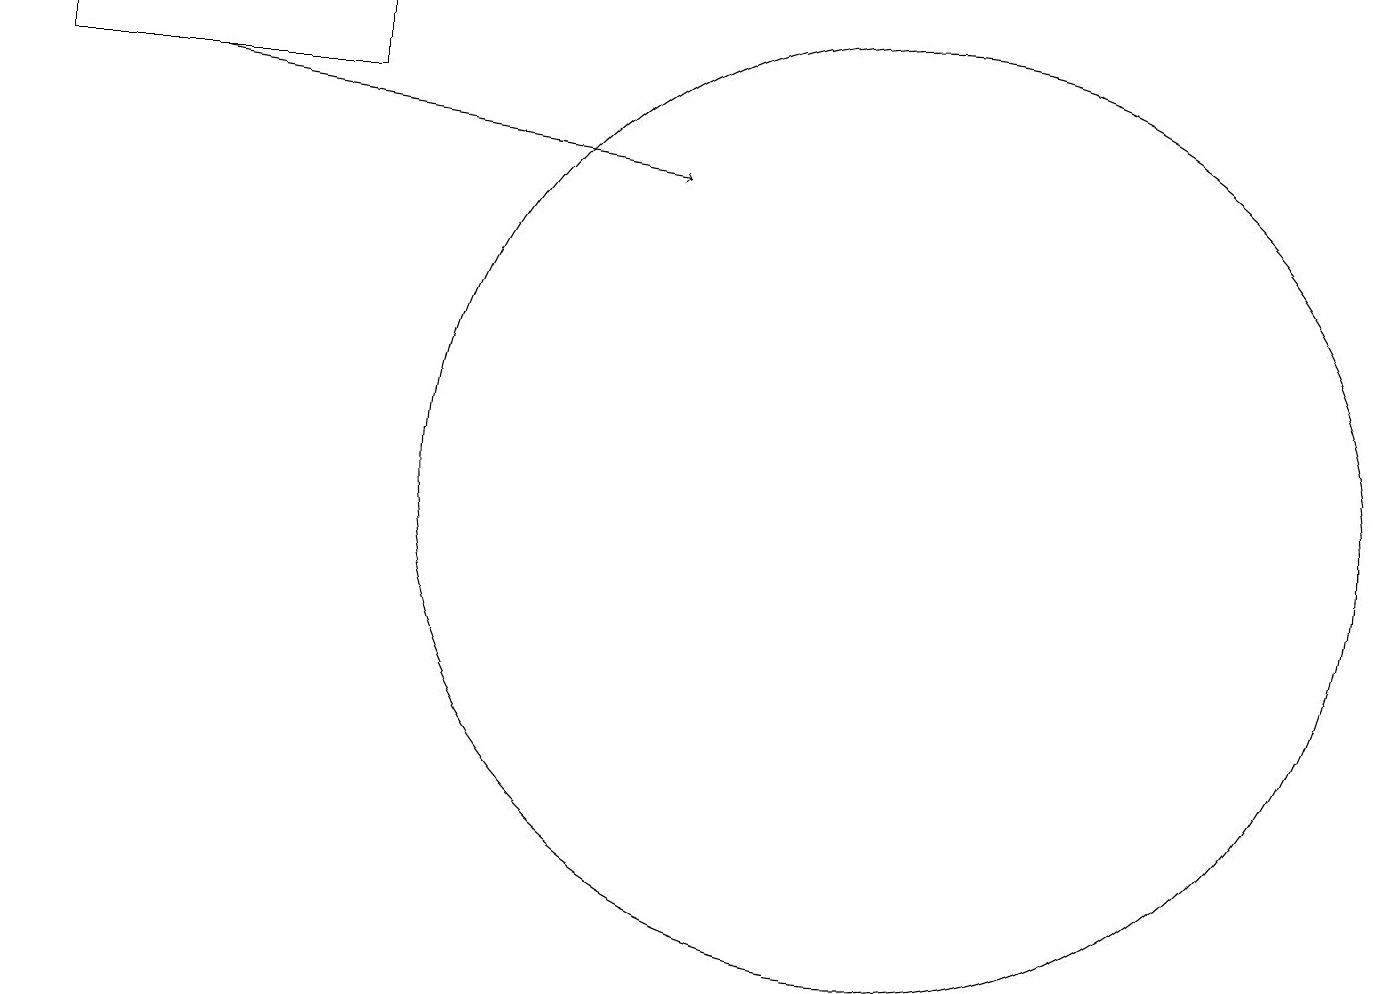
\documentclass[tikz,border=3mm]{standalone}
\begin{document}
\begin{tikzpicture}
\draw (11,12) circle (6);
\draw (0,18) rectangle (4,17);
\draw[->] (2,17) -- (8,16);
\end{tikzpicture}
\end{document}